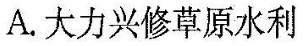
A.大力兴修草原水利